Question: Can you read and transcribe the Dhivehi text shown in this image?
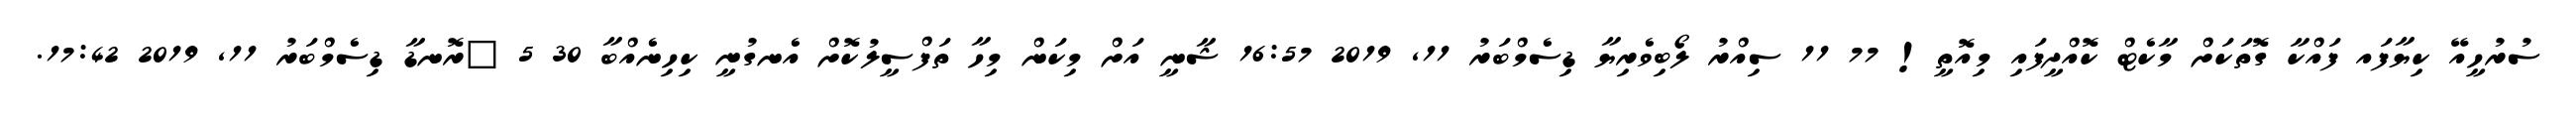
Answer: ސުރުހީއޭ ކިޔާފައ ފައްކާ ގޮތަކަށް މާކެޓް ކޮއްދީފައި މިއޮތީ! 77 11 ސިއްރު ލޯބިވެރިޔާ ޑިސެމްބަރު 11, 2019 16:57 ޝާނީ އަށް މިކަން މިހާ ތަފްސީލުކޮށް އެނގުނީ ކިހިނެއްބާ 30 5 ?ރޮނޑާ ޑިސެމްބަރު 11, 2019 17:42.